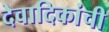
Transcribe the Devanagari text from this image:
देवादिकांची